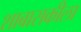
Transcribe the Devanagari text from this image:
शाबासकीला